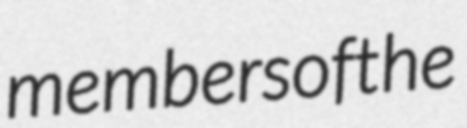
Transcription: members of the